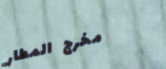
مخرج المطار